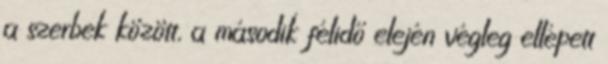
a szerbek között, a második félidő elején végleg ellépett